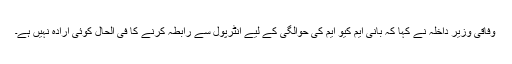
وفاقی وزیر داخلہ نے کہا کہ بانی ایم کیو ایم کی حوالگی کے لیے انٹرپول سے رابطہ کرنے کا فی الحال کوئی ارادہ نہیں ہے۔